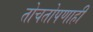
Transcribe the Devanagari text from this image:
तोचतोपणाही